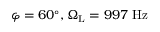
\varphi = 6 0 ^ { \circ } , \Omega _ { \mathrm { L } } = 9 9 7 ~ \mathrm { H z }